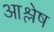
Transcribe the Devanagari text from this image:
आश्लेष